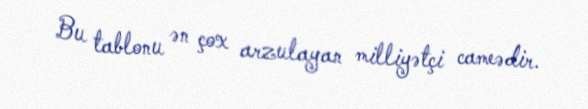
Bu tablonu ən çox arzulayan milliyətçi cameədir.